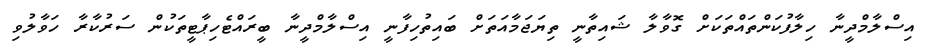
އިސްލާމްދީނާ ހިލާފުކަންތައްތަކަށް ގޮވާލާ ޝައިތާނީ ތިޔަޖަމާއަތަށް ބައިތުހިފާނީ އިސްލާމްދީނާ ބީރައްޓެހިޕާޓީތަކުން ސަރުކާރާ ހަވާލުވި